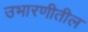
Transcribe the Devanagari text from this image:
उभारणीतील